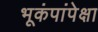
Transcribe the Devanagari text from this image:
भूकंपांपेक्षा